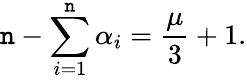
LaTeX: \mathtt{n}-\sum_{i=1}^{\mathtt{n}}\alpha_{i}=\frac{{\mu}}{{3}}+1.